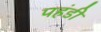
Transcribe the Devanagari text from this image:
पहंडी